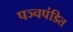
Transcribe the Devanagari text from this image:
पञ्चपंडित